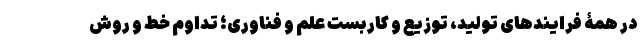
در همۀ فرایندهای تولید، توزیع و کاربست علم و فناوری؛ تداوم خط و روش